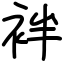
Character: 袢